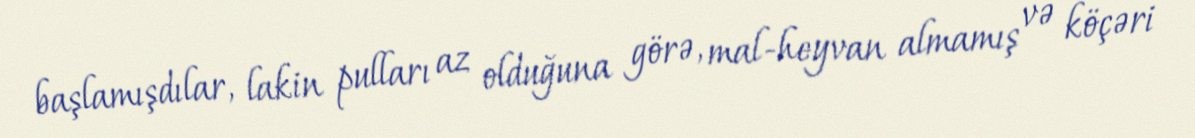
başlamışdılar, lakin pulları az olduğuna görə, mal-heyvan almamış və köçəri